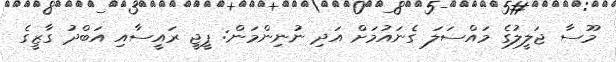
މޫސާ ޖަލީލުގެ މައްސަލަ ގެނައުމަށް އަދި ނުނިންމަން: ޕީޖީ ރައީސާއި އަބްދު ގާޒީގެ